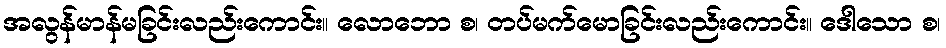
အလွန်မာန်မခြင်းလည်းကောင်း။ လောဘော စ၊ တပ်မက်မောခြင်းလည်းကောင်း။ ဒေါသော စ၊